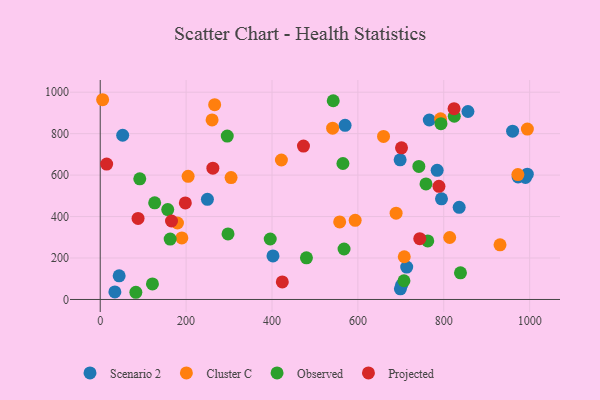
{"axis": {"x": "Engine Size", "y": "Rating"}, "legend": ["Cluster C", "Observed", "Projected", "Scenario 2"], "data": [{"x": "249.6", "y": 483.1, "type": "Scenario 2"}, {"x": "794.7", "y": 485.8, "type": "Scenario 2"}, {"x": "44.1", "y": 114.3, "type": "Scenario 2"}, {"x": "990.3", "y": 588.4, "type": "Scenario 2"}, {"x": "784.6", "y": 623.0, "type": "Scenario 2"}, {"x": "402.3", "y": 210.3, "type": "Scenario 2"}, {"x": "994.5", "y": 604.7, "type": "Scenario 2"}, {"x": "702.1", "y": 69.8, "type": "Scenario 2"}, {"x": "766.3", "y": 865.9, "type": "Scenario 2"}, {"x": "698.4", "y": 673.8, "type": "Scenario 2"}, {"x": "856.3", "y": 907.0, "type": "Scenario 2"}, {"x": "699.0", "y": 51.2, "type": "Scenario 2"}, {"x": "973.1", "y": 591.0, "type": "Scenario 2"}, {"x": "835.9", "y": 444.8, "type": "Scenario 2"}, {"x": "713.7", "y": 156.3, "type": "Scenario 2"}, {"x": "52.3", "y": 792.2, "type": "Scenario 2"}, {"x": "34.1", "y": 36.3, "type": "Scenario 2"}, {"x": "960.3", "y": 811.9, "type": "Scenario 2"}, {"x": "570.2", "y": 840.2, "type": "Scenario 2"}, {"x": "557.6", "y": 374.1, "type": "Cluster C"}, {"x": "931.0", "y": 263.7, "type": "Cluster C"}, {"x": "260.5", "y": 866.3, "type": "Cluster C"}, {"x": "792.5", "y": 871.6, "type": "Cluster C"}, {"x": "421.9", "y": 672.8, "type": "Cluster C"}, {"x": "593.7", "y": 381.6, "type": "Cluster C"}, {"x": "541.2", "y": 826.4, "type": "Cluster C"}, {"x": "708.0", "y": 206.2, "type": "Cluster C"}, {"x": "659.7", "y": 786.4, "type": "Cluster C"}, {"x": "972.6", "y": 602.7, "type": "Cluster C"}, {"x": "190.1", "y": 297.1, "type": "Cluster C"}, {"x": "689.0", "y": 416.1, "type": "Cluster C"}, {"x": "179.9", "y": 369.0, "type": "Cluster C"}, {"x": "204.7", "y": 594.0, "type": "Cluster C"}, {"x": "5.6", "y": 963.7, "type": "Cluster C"}, {"x": "304.7", "y": 588.0, "type": "Cluster C"}, {"x": "266.5", "y": 939.8, "type": "Cluster C"}, {"x": "813.8", "y": 298.9, "type": "Cluster C"}, {"x": "994.7", "y": 821.9, "type": "Cluster C"}, {"x": "707.3", "y": 90.3, "type": "Observed"}, {"x": "157.2", "y": 433.5, "type": "Observed"}, {"x": "758.6", "y": 557.3, "type": "Observed"}, {"x": "126.8", "y": 466.1, "type": "Observed"}, {"x": "793.5", "y": 848.2, "type": "Observed"}, {"x": "92.1", "y": 582.2, "type": "Observed"}, {"x": "297.6", "y": 316.1, "type": "Observed"}, {"x": "742.0", "y": 641.8, "type": "Observed"}, {"x": "824.5", "y": 883.9, "type": "Observed"}, {"x": "762.7", "y": 282.5, "type": "Observed"}, {"x": "838.9", "y": 128.3, "type": "Observed"}, {"x": "395.9", "y": 291.8, "type": "Observed"}, {"x": "162.9", "y": 291.5, "type": "Observed"}, {"x": "565.2", "y": 655.9, "type": "Observed"}, {"x": "295.8", "y": 788.3, "type": "Observed"}, {"x": "480.2", "y": 200.8, "type": "Observed"}, {"x": "121.6", "y": 74.8, "type": "Observed"}, {"x": "567.8", "y": 243.6, "type": "Observed"}, {"x": "83.0", "y": 34.7, "type": "Observed"}, {"x": "542.6", "y": 958.7, "type": "Observed"}, {"x": "701.6", "y": 731.8, "type": "Projected"}, {"x": "788.8", "y": 546.1, "type": "Projected"}, {"x": "198.2", "y": 465.8, "type": "Projected"}, {"x": "424.0", "y": 84.6, "type": "Projected"}, {"x": "473.3", "y": 740.2, "type": "Projected"}, {"x": "262.3", "y": 633.3, "type": "Projected"}, {"x": "15.0", "y": 653.1, "type": "Projected"}, {"x": "166.0", "y": 378.5, "type": "Projected"}, {"x": "88.1", "y": 390.8, "type": "Projected"}, {"x": "744.1", "y": 293.5, "type": "Projected"}, {"x": "824.0", "y": 920.3, "type": "Projected"}]}